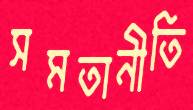
সমতানীতি